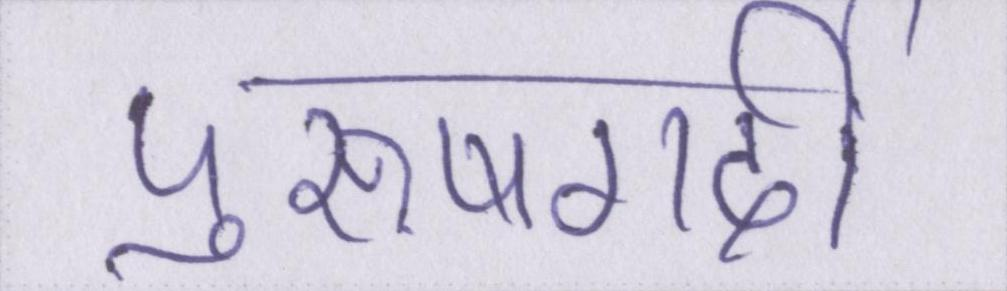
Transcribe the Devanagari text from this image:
पुरूषगर्दी